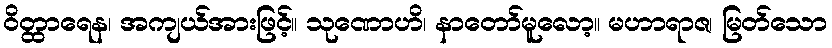
ဝိတ္ထာရေန၊ အကျယ်အားဖြင့်။ သုဏောဟိ၊ နာတော်မူလော့။ မဟာရာဇ၊ မြတ်သော